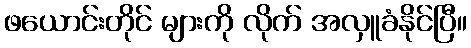
ဖယောင်းတိုင် များကို လိုက် အလှူခံနိုင်ပြီ။